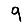
Digit: 9